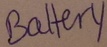
Text: Battery